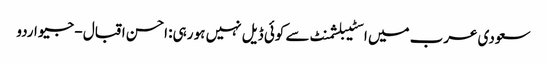
سعودی عرب میں اسٹیبلشمنٹ سے کوئی ڈیل نہیں ہو رہی: احسن اقبال - جیو اردو